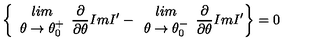
\left\{ \begin{array} { c } { l i m } \\ { \theta \rightarrow \theta _ { 0 } ^ { + } } \\ \end{array} \frac { \partial } { \partial \theta } I m I ^ { \prime } - \begin{array} { c } { l i m } \\ { \theta \rightarrow \theta _ { 0 } ^ { - } } \\ \end{array} \frac { \partial } { \partial \theta } I m I ^ { \prime } \right\} = 0